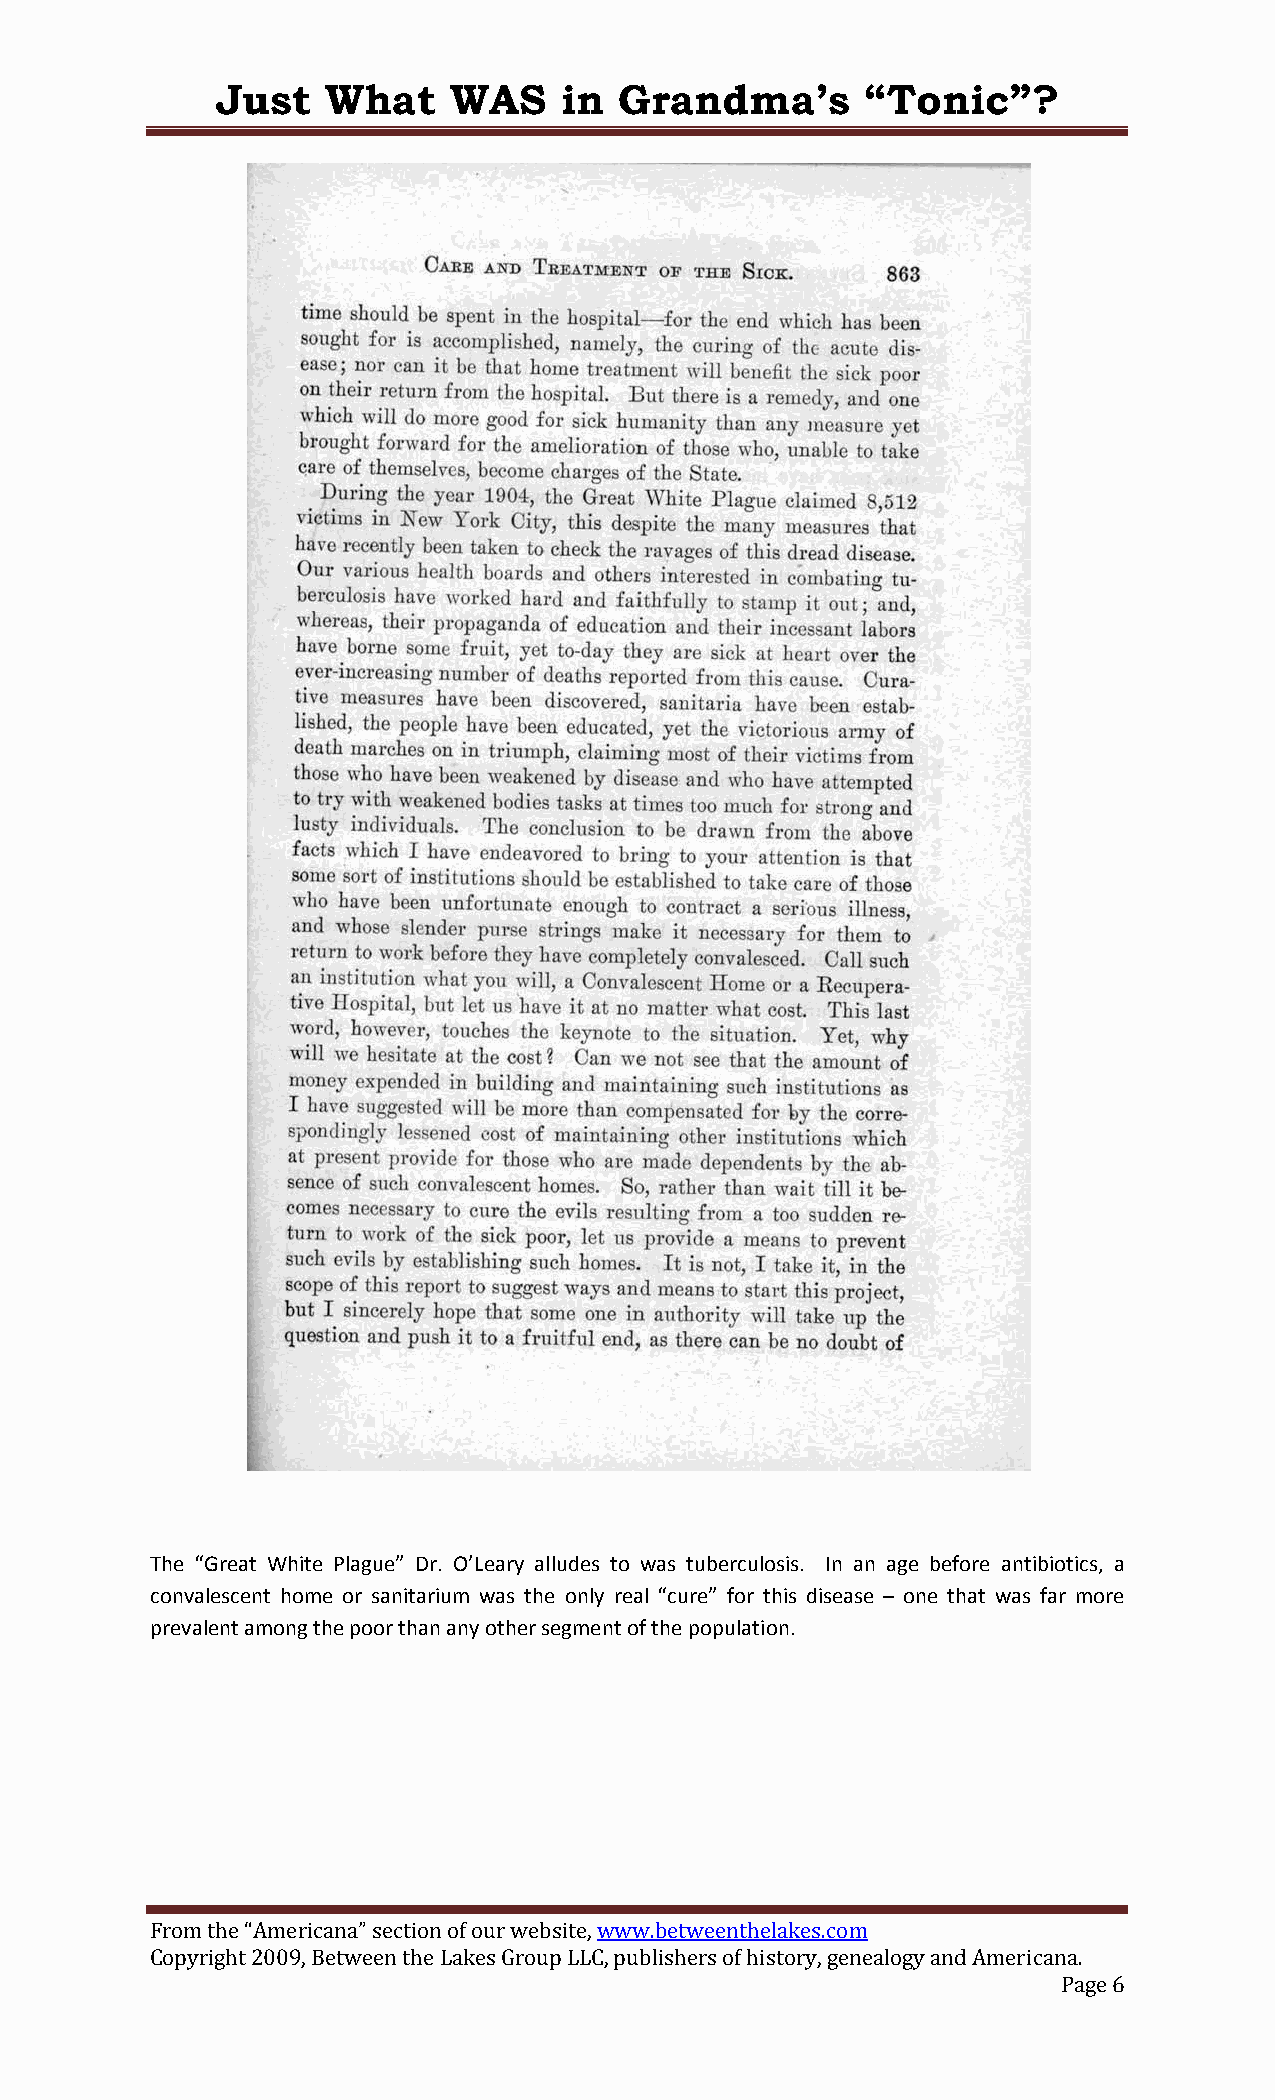
Just    What    WAS    in  Grandma’s       “Tonic”?
 The “Great White Plague” Dr. O’Leary alludes to was tuberculosis. In an age before antibiotics, a
 convalescent home or sanitarium was the only real “cure” for this disease – one that was far more
 prevalent among the poor than any other segment of the population.
 From the “Americana” section of our website, www.betweenthelakes.com
 Copyright 2009, Between the Lakes Group LLC, publishers of history, genealogy and Americana.
 Page 6